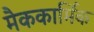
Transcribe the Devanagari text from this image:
मैककार्मिक